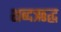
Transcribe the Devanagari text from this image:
शब्दऋद्ध